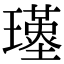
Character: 𤪣